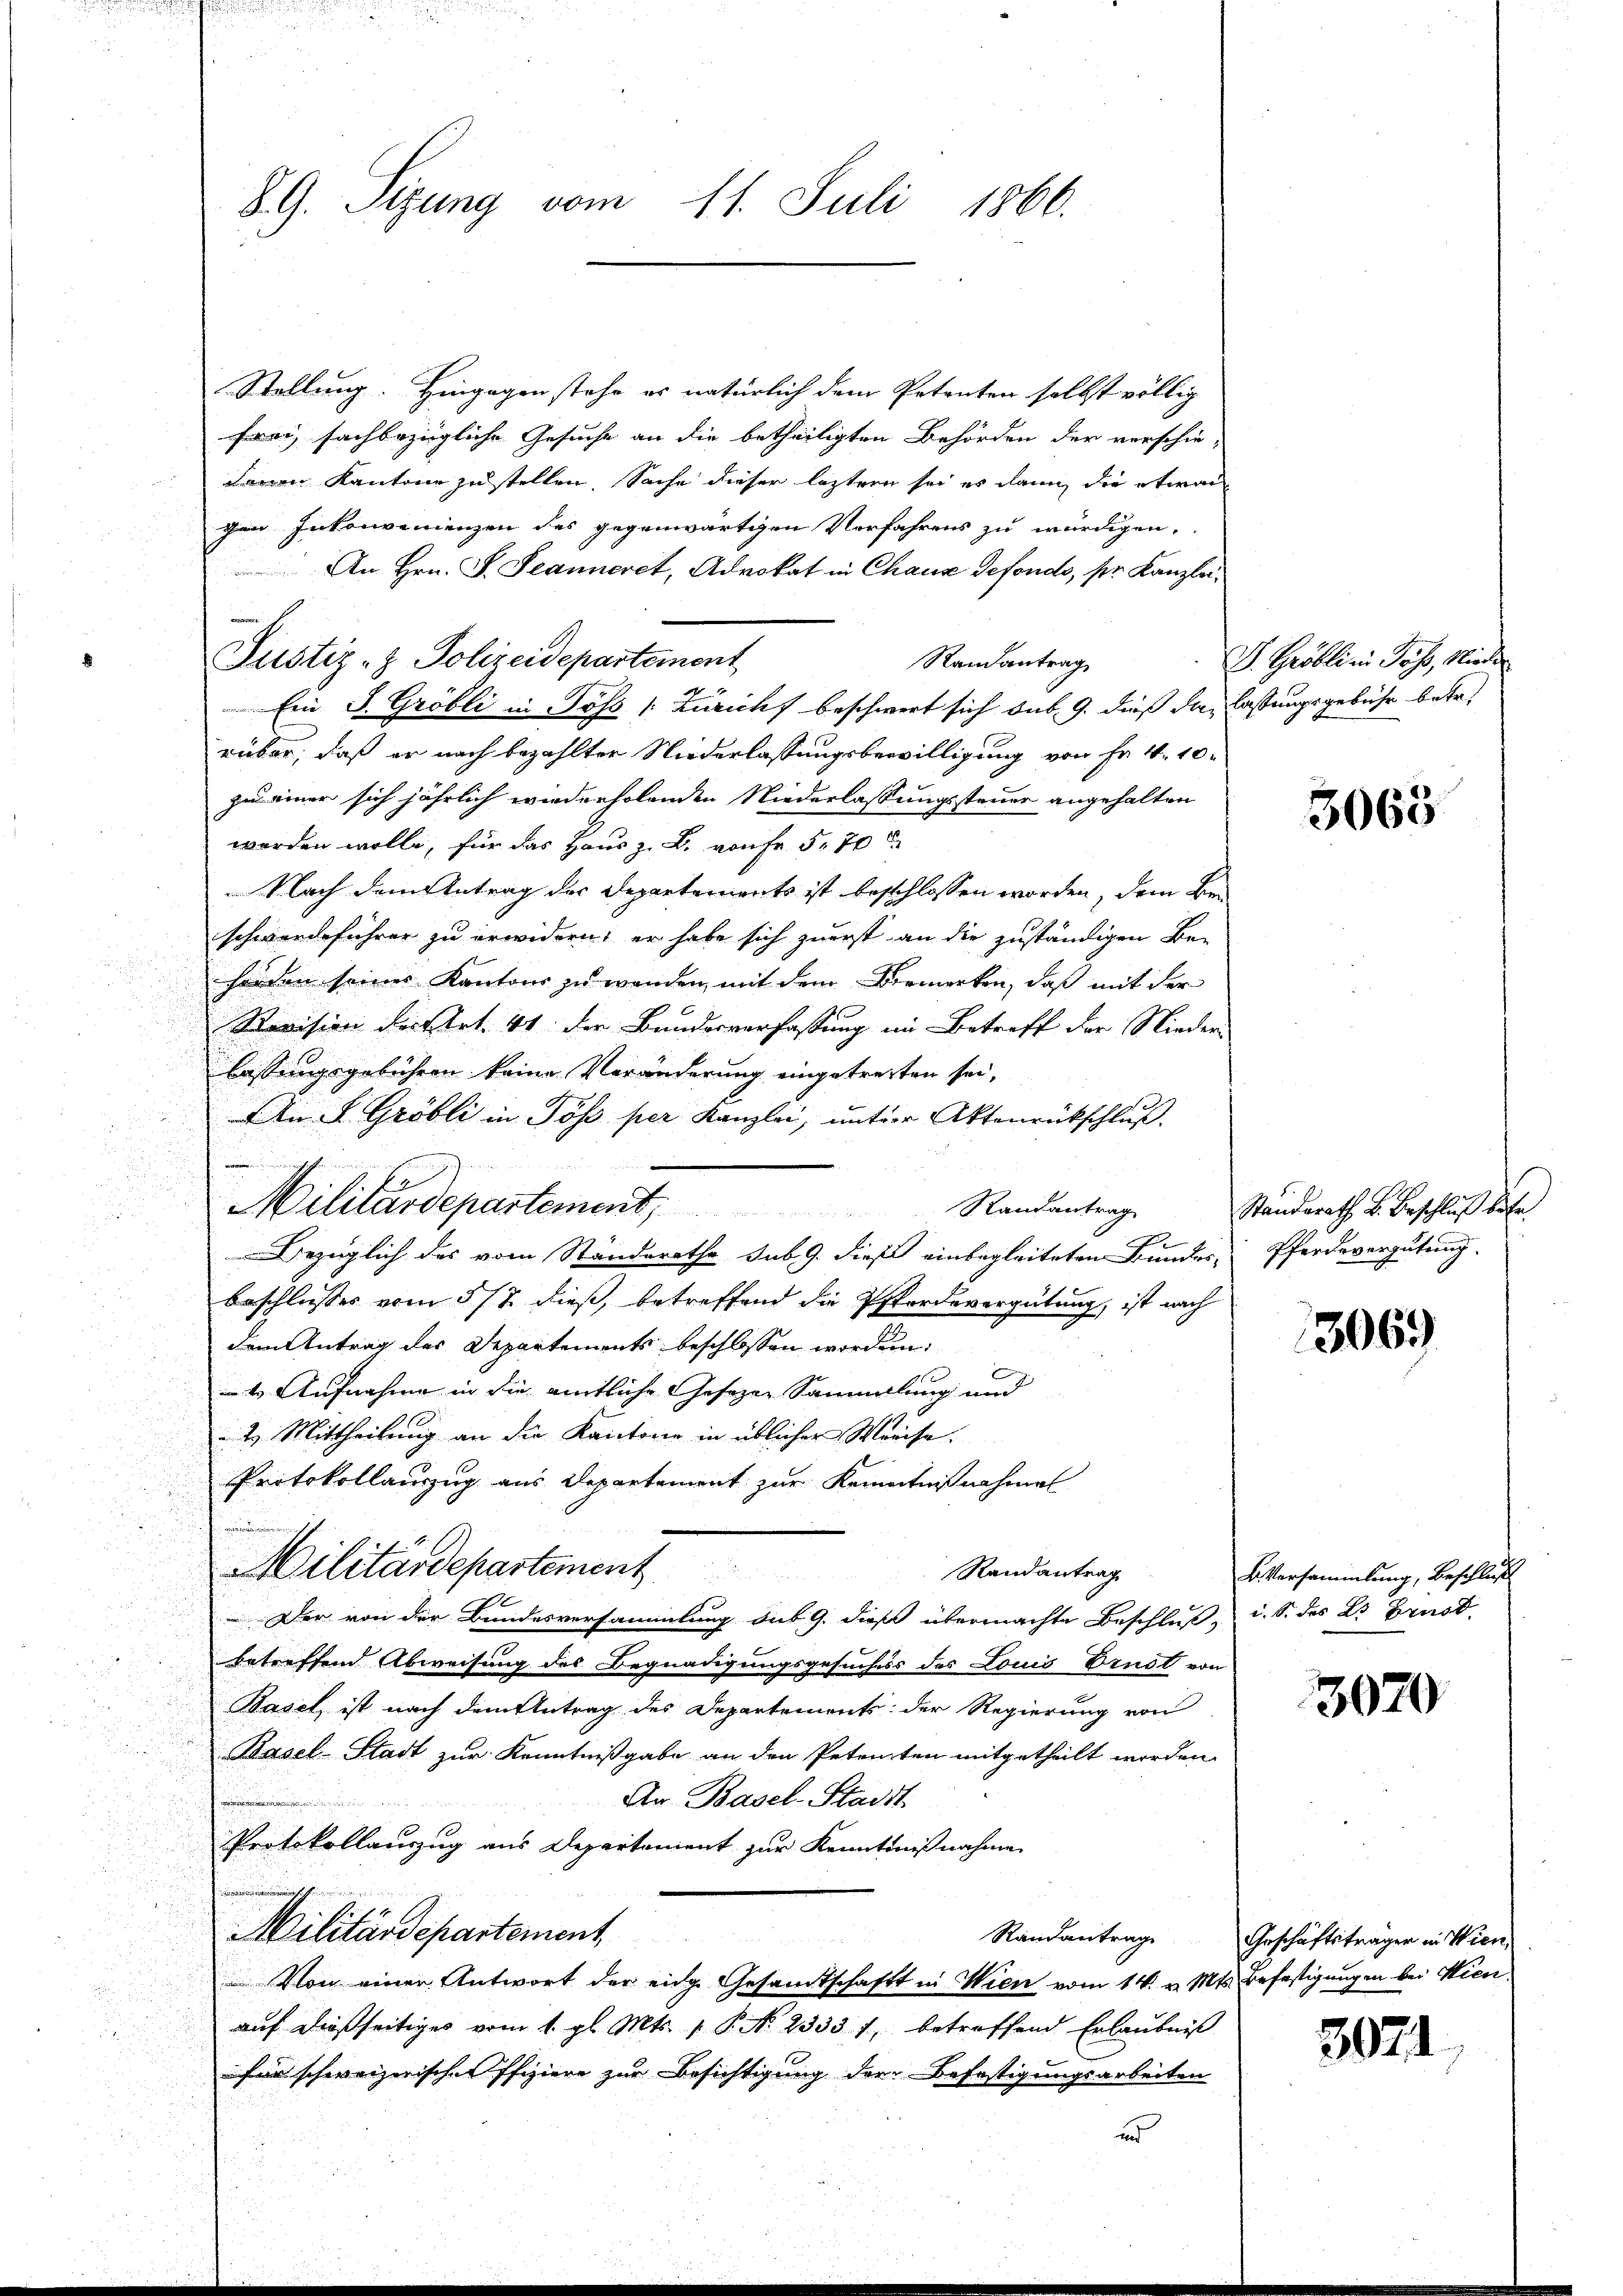
89. Sizung vom 11. Juli 1866.

Stellung. Hingegen stehe es natürlich dem Petenten selbst völlig
frei, sachbezügliche Gesuche an die betheiligten Behörden der verschie-
danen Kantone zustellen. Sache dieser leztere sei es dann die etwas
gen Inkonvenienzen des gegenwärtigen Verfahrens zu würdigen,
An Hrn. F. Jeanneret, Advokat in Chaus defondo, ser Kanzlei¬
Randantrag
Ein J. Gröbli in Pöss /: Züricht beschwert sich sub. 9. dieß die lastungsgebühr betr.
rüber, daß er nach bezahlter Niederlassungsbewilligung von Fr. 4. 10.
zu einer sich jährlich wiederholenden Niederlassungssteuer angehalten
werden wolle, für das Haus z. B. von Fr. 570
Nach dem Antrag der Departements ist beschlossen worden, dem Beschwerdeführer zu erwidern; er habe sich zuerst an die zuständigen Be-
horden seines Kantons zu wenden, mit dem Bemerken, daß mit der
Revision der Art. 41 der Bundesverfassung im Betreff der Nieder-
lassungsgebühren keine Veränderung eingetreiten sei,
u
In L. Gröbli in Töß per Kanzlei, unter Aktenrückschluß.

vienen nich
u
.

Bezüglich des vom Ständerathe sub. 9. dieß einbegleiteten Bundes-
beschliesses vom 5/7. dieß, betreffend die Pferdevergütung, ist nach
dem Antrag des Departements beschlossen worden:
E

 4. Aufnahme in die amtliche Gesezen Sammlung und
 2. Mittheilung an die Kantone in üblicher Weise.
Protokollauszug aus Departement zur Kenntnißnahmen
E
.
Militärdepartement
Randantrag
Der von der Bundesversammlung sub 9. dieß übermachte Beschluß, i. S. des L. Brust.
betreffend Abweisung des Begnadigungsgesuchess des Louis Brust von
Basel, ist nach dem Antrag des Departements der Regierung von
Pasel-Stadt zur Kenntnißgabe an den Petenten mitgetheilt worden.
An Basel-Stadt.
Protokollauszug aus Departament zur Kenntnißnahme
Militärdepartement
Randantrag
 Von einer Antwort der eige Gesamtschaft in Wien vom 14. v. Mts. Befestigungen bei Hien
auf dießseitiges vom 1. gl. Mts. 1. P. N. 2333 1, betreffend Erlaubniß
für schweizerischer Pfiziere zur Besichtigung der Befestigungsarbeiten

Justiz- & Polizeidepartement

Militärdepartement, Randantrage

s

I. Gröbli ein Jahr, Nieder

3065

Standsrath u. Beschluß betr.
Pferdevergütung.

306)

B. Versammlung, Beschluß

3070

Geschäftsträger in Wien,

3071